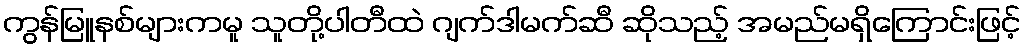
ကွန်မြူနစ်များကမူ သူတို့ပါတီထဲ ဂျက်ဒါမက်ဆီ ဆိုသည့် အမည်မရှိကြောင်းဖြင့်